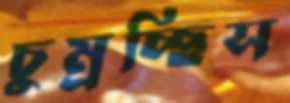
চুম্‌রচ্ছিস